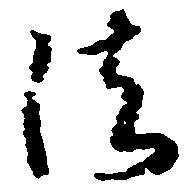
法